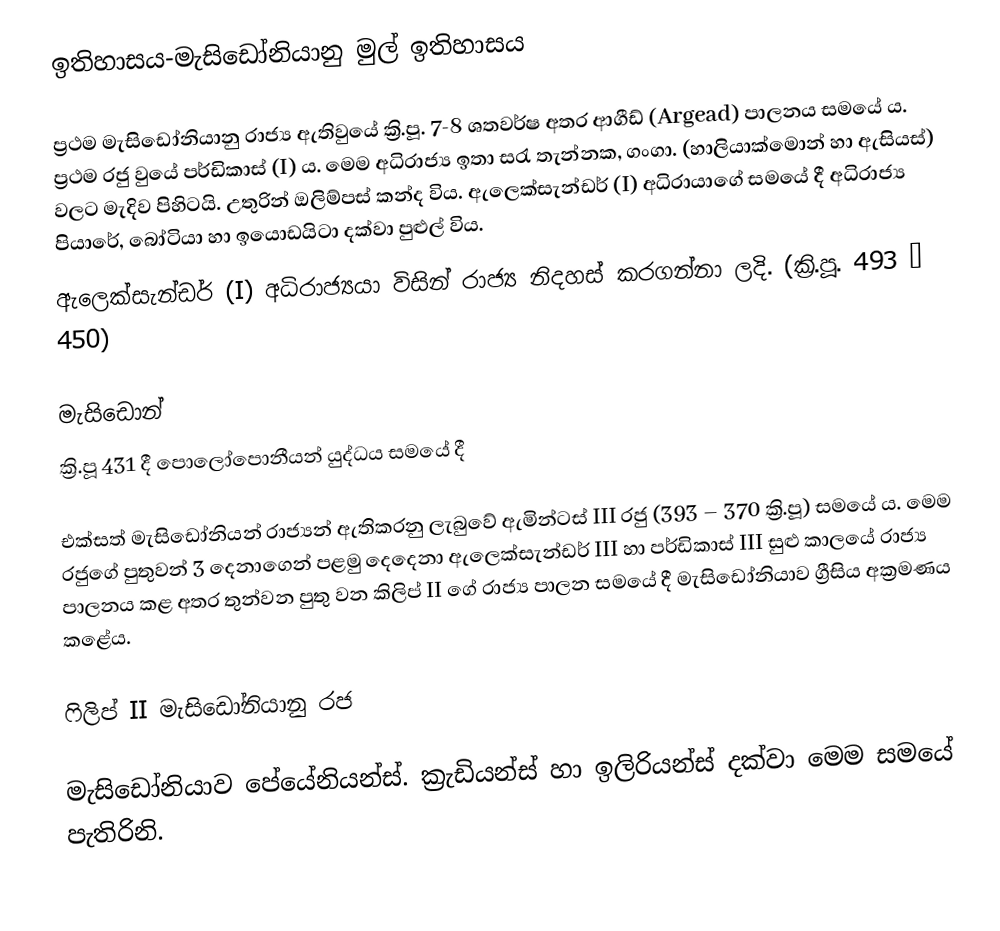
ඉතිහාසය-මැසිඩෝනියානු මුල් ඉතිහාසය

ප්‍රථම මැසිඩෝනියානු රාජ්‍ය ඇතිවුයේ ක්‍රි.පූ. 7-8 ශතවර්ෂ අතර ආගීඩ් (Argead) පාලනය සමයේ  ය. ප්‍රථම රජු වුයේ පර්ඩිකාස් (I) ය. මෙම අධිරාජ්‍ය ඉතා සරැ තැන්නක, ගංගා. (හාලියාක්මොන් හා ඇසියස්) වලට මැදිව පිහිටයි. උතුරින් ඔලිම්පස් කන්ද විය. ඇලෙක්සැන්ඩර් (I) අධිරාය‍ාගේ සමයේ දී අධිරාජ්‍ය පියාරේ, බෝටියා හා ඉයොඩයිටා දක්වා පුළුල් විය.
ඇලෙක්සැන්ඩර් (I) අධිරාජ්‍යයා විසින් රාජ්‍ය නිදහස් කරගන්නා ලදි. (ක්‍රි.පූ. 493 – 450)

මැසිඩොන්
ක්‍රි.පූ 431 දී පොලෝපොනීයන් යුද්ධය සමයේ දී

එක්සත් මැසිඩෝනියන් රාජ්‍යන් ඇතිකරනු ලැබුවේ ඇමින්ටස් III රජු (393 – 370 ක්‍රි.පූ) සමයේ ය. මෙම රජුගේ පුතුවන් 3 දෙනාගෙන් පළමු දෙදෙනා ඇලෙක්සැන්ඩර් III හා පර්ඩිකාස් III සුළු කාලයේ රාජ්‍ය පාලනය කළ අතර තුන්වන පුතු වන කිලිප් II ගේ රාජ්‍ය පාලන සමයේ දී මැසිඩෝනියාව ග්‍රීසිය අක්‍රමණය කළේය.

ෆිලිප් II මැසිඩෝනියානු රජ

මැසිඩෝනියාව පේයේනියන්ස්. ක්‍රැඩියන්ස් හා ඉලිරියන්ස් දක්වා මෙම සමයේ පැතිරිනි.